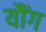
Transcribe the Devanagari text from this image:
यौंग